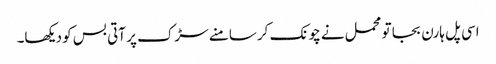
اسی پل ہارن بجا تو محمل نے چونک کر سامنے سڑک پر آتی بس کو دیکھا۔